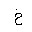
Letter: _kha